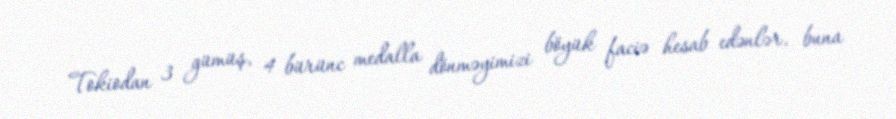
Tokiodan 3 gümüş, 4 bürünc medalla dönməyimizi böyük faciə hesab edənlər, buna